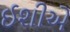
ઈશીએ